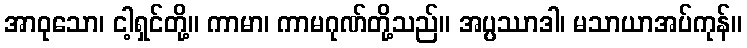
အာဝုသော၊ ငါ့ရှင်တို့။ ကာမာ၊ ကာမဂုဏ်တို့သည်။ အပ္ပဿာဒါ၊ မသာယာအပ်ကုန်။